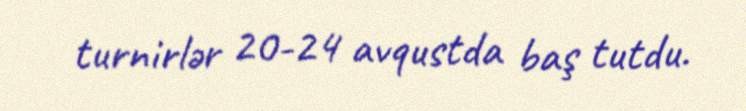
turnirlər 20-24 avqustda baş tutdu.